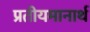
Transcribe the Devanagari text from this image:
प्रतीयमानार्थ